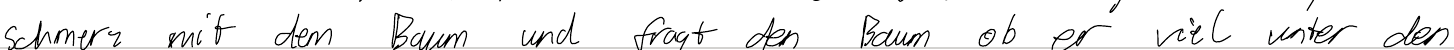
schmerz mit dem Baum und fragt den Baum ob er viel unter den